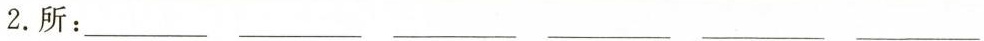
2.所：___ ___ ___ ___ ___ ___